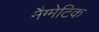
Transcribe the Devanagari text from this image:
मैग्मेटिक